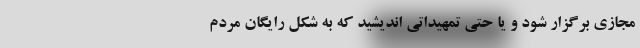
مجازی برگزار شود و یا حتی تمهیداتی اندیشید که به شکل رایگان مردم